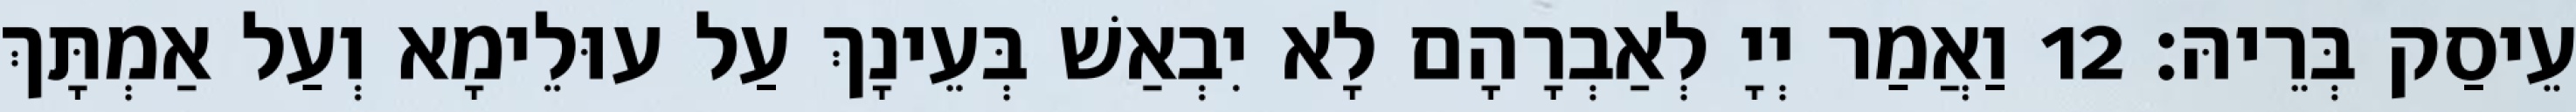
עֵיסַק בְּרֵיהּ׃ 12 וַאֲמַר יְיָ לְאַבְרָהָם לָא יִבְאַשׁ בְּעֵינָךְ עַל עוּלֵימָא וְעַל אַמְתָּךְ